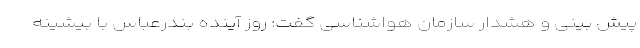
پیش بینی و هشدار سازمان هواشناسی گفت: روز آینده بندرعباس با بیشینه